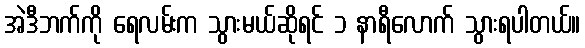
အဲဒီဘက်ကို ရေလမ်းက သွားမယ်ဆိုရင် ၁ နာရီလောက် သွားရပါတယ်။